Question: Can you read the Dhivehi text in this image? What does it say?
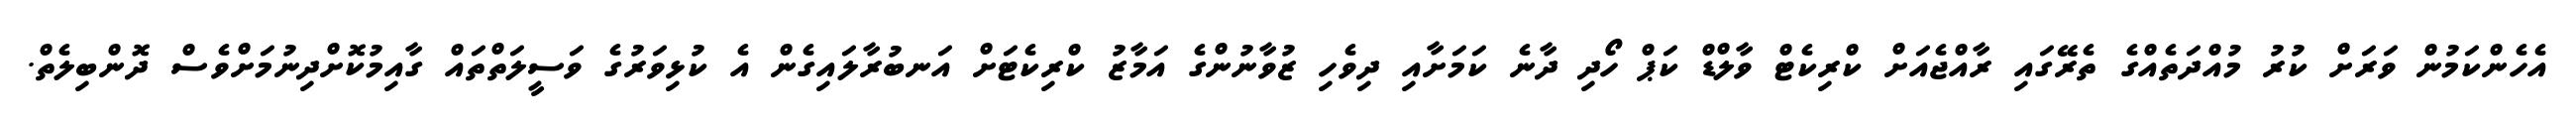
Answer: އެހެންކަމުން ވަރަށް ކުރު މުއްދަތެއްގެ ތެރޭގައި ރާއްޖެއަށް ކްރިކެޓް ވާލްޑް ކަޕް ހޯދި ދާނެ ކަމަށާއި ދިވެހި ޒުވާނުންގެ އަމާޒު ކްރިކެޓަށް އަނބުރާލައިގެން އެ ކުޅިވަރުގެ ވަސީލަތްތައް ގާއިމުކޮށްދިނުމަށްވެސް ދޮންބިލެތް.